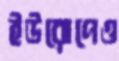
ইউরোপেও